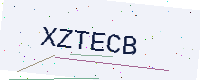
Text: XZTECB